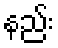
နည်း